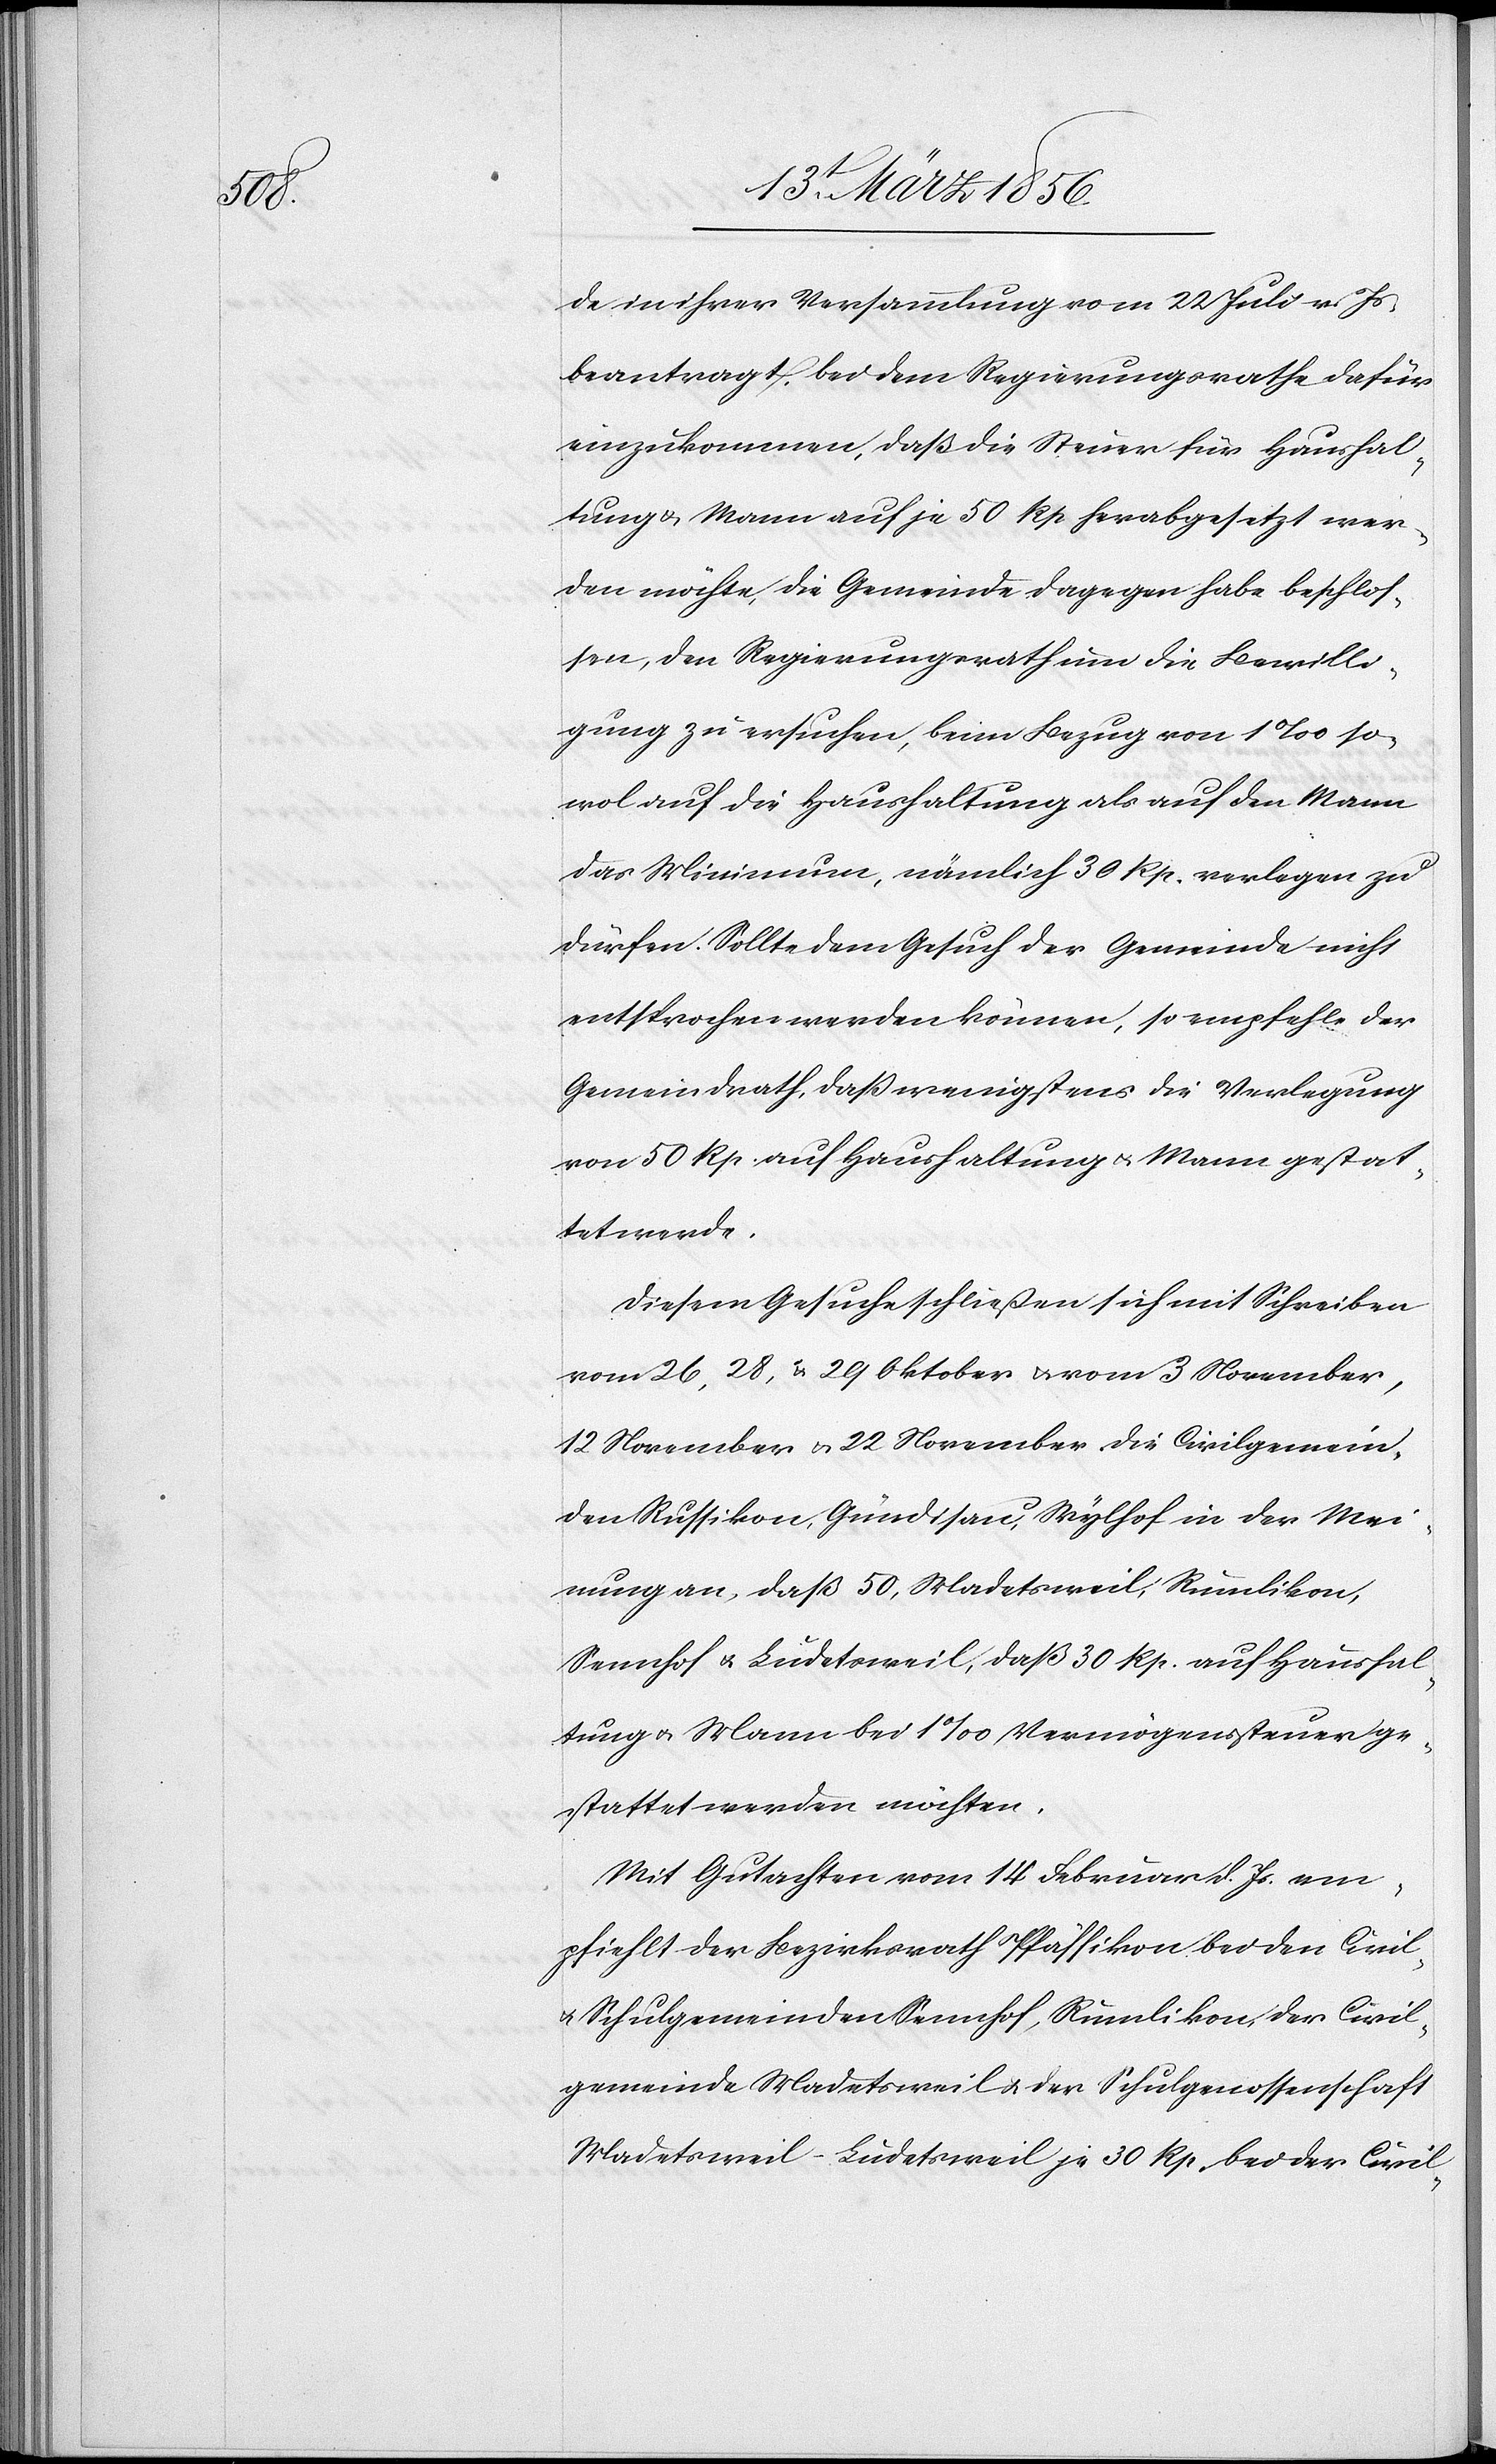
de in ihrer Versammlung vom 22 Juli v. Js.
beantragt, bei dem Regierungsrathe dafür
einzukommen, daß die Steuer für Haushal¬
tung & Mann auf je 50 Rp herabgesetzt wer¬
den möchte, die Gemeinde dagegen habe beschlos¬
sen, den Regierungsrath um die Bewilli¬
gung zu ersuchen, beim Bezug von 1‰ so¬
wol auf die Haushaltung als auf den Mann
das Minimum, nämlich 30 Rp. verlegen zu
dürfen. Sollte dem Gesuch der Gemeinde nicht
entsprochen werden können, so empfehle der
Gemeindrath, das wenigstens die Verlegung
von 50 Rp. auf Haushaltung u. Mann gestat¬
tet werde.
Diesem Gesuche schließen sich mit Schreiben
vom 26, 28, u. 29 Oktober u. vom 3 November,
12 November u. 22 November die Civilgemein¬
den Russikon, Gündisau, Wylhof in der Mei¬
nung an, daß 50, Madetsweil, Rumlikon,
Sennhof u. Ludetsweil, daß 30 Rp. auf Haushal¬
tung u. Mann bei 1‰ Vermögenssteuer ge¬
stattet werden möchten.
Mit Gutachten vom 14 Februar d. Js. em¬
pfiehlt der Bezirksrath Pfäffikon bei den Civil-
u. Schulgemeinden Sennhof, Rumlikon, der Civil¬
gemeinde Madetsweil & der Schulgenossenschaft
Madetsweil-Ludetsweil je 30 Rp. bei der Civil-